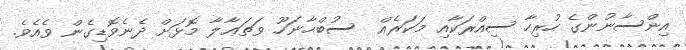
އިންސާނުންގެ ހުރިހާ ސިއްރަކާއި މަކަރެއް  ސުބްޙާނަހޫ ވަތަޢާލާ މޮޅަށް ދެނެވޮޑިގެން ވެއެވެ.